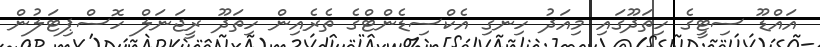
އައްޑޫ ސިޓީގެ ހިތަދޫގައި މިއަދު ހިނގި އެކްސިޑެންޓްގެ ތެރެއިން ހިތަދޫ ރީޖަނަލް ހޮސްޕިޓަލުން